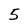
Character: 5